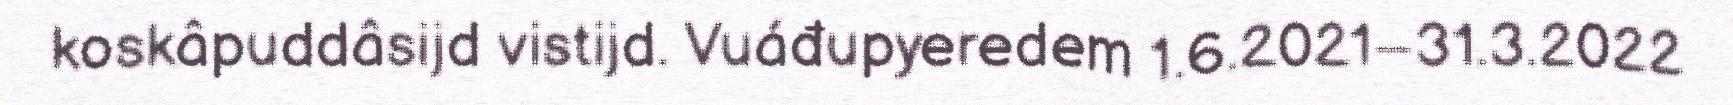
koskâpuddâsijd vistijd. Vuáđupyeredem 1.6.2021–31.3.2022